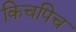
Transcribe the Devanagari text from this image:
किचपिच